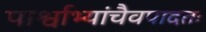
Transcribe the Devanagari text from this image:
पार्श्वाभ्यांचैवपादतः